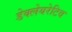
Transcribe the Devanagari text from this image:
डेक्लेयरेटिव